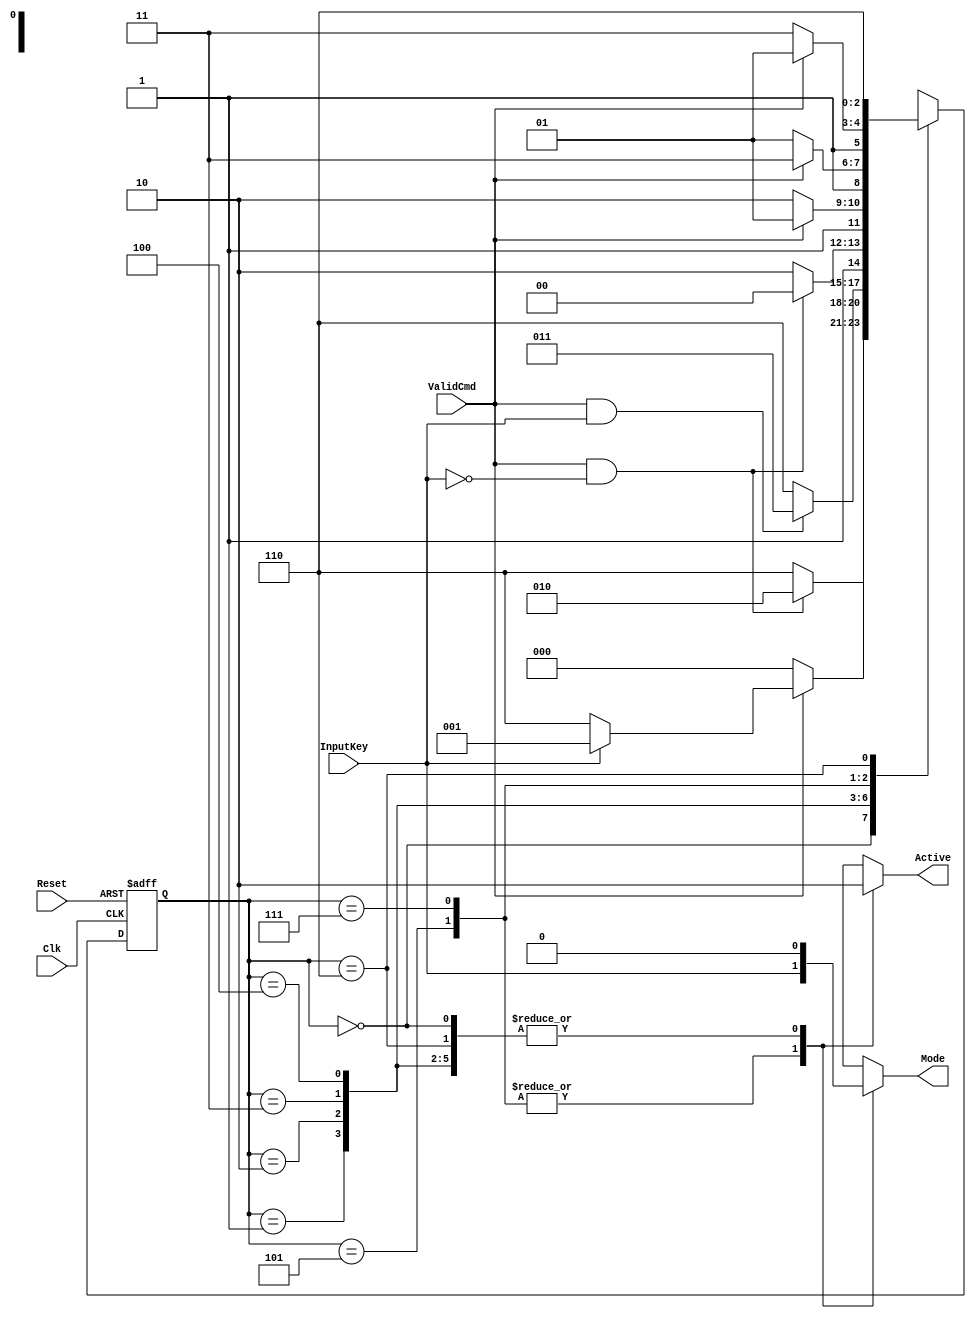
module DecInputKey
(   input           InputKey,
    input           ValidCmd,
    input           Reset,
    input           Clk,
    output reg      Active,
 	output reg      Mode
);
    localparam IDLE        = 3'b000;    //0
    localparam S1          = 3'b001;    //1
    localparam S2          = 3'b010;    //2
    localparam S3          = 3'b011;    //3
    localparam CORRECT     = 3'b100;    //4
    localparam MODE_CHANGE = 3'b101;    //5
    localparam WRONG       = 3'b110;    //6
  	localparam MODE_CHANGE_2 = 3'b111;  //7

    reg [2:0] CurrentState;
    reg [2:0] NextState;

  always @(InputKey, CurrentState, ValidCmd)begin
    case(CurrentState)
        IDLE:
        begin
            if(ValidCmd == 0)
            begin
                NextState = IDLE;
            end
            else
            begin
                if(InputKey == 1)
                begin
                    NextState = S1;
                end
                else
                begin
                    NextState = WRONG;
                end
            end
        end
        S1:
        begin
            if(ValidCmd == 1 && InputKey == 0)
            begin
                NextState = S2;
            end
            else
            begin
                NextState = WRONG;
            end
        end
        S2:
        begin
            if(ValidCmd == 1 && InputKey == 1)
            begin
                NextState = S3;
            end
            else
            begin
                NextState = WRONG;
            end
        end
        S3:
        begin
            if(ValidCmd == 1 && InputKey == 0)
            begin
                NextState = CORRECT;
            end
            else
            begin
                NextState = WRONG;
            end
        end
        CORRECT:
        begin
            if(ValidCmd == 1)
            begin
                NextState = MODE_CHANGE;
            end
            else
            begin
                NextState = WRONG;
            end
        end
        MODE_CHANGE:
        begin
          if(ValidCmd == 1)
            begin
                NextState = MODE_CHANGE_2;
            end
          else
             begin
            NextState = MODE_CHANGE;
             end
        end
        MODE_CHANGE_2:
        begin
          if(ValidCmd == 1)
            begin
                NextState = MODE_CHANGE;
            end
          else
             begin
            NextState = MODE_CHANGE_2;
             end
        end
        WRONG:
        begin
                NextState = WRONG;
        end
        default:
        begin
                NextState = IDLE;
        end
    endcase    
  end

  always @(posedge Clk, posedge Reset) begin 
    if(Reset) 
    begin
        CurrentState <= IDLE;
    end
    else 
    begin
        CurrentState <= NextState;
    end
  end
    always@(CurrentState)
    case(CurrentState)
        IDLE:           begin   Mode = 0; Active = 0; end
        S1:             begin   Mode = 0; Active = 0; end
        S2:             begin   Mode = 0; Active = 0; end
        S3:             begin   Mode = 0; Active = 0; end
        CORRECT:        begin   Mode = 0; Active = 0; end

        MODE_CHANGE:    begin   
                                Mode = InputKey; 
                                Active = 1; 
                        end
		MODE_CHANGE_2:  begin   
                                Mode = InputKey; 
                                Active = 1; 
                        end

        WRONG:          begin   Mode = 0; Active = 0; end
        default:        begin   Mode = 0; Active = 0; end
    endcase
endmodule